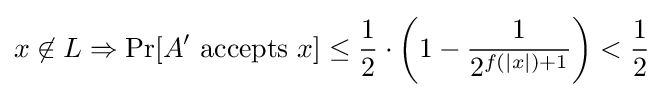
x\not \in L\Rightarrow \Pr[A'{\text{ accepts }}x]\leq {\frac {1}{2}}\cdot \left(1-{\frac {1}{2^{f(|x|)+1}}}\right)<{\frac {1}{2}}